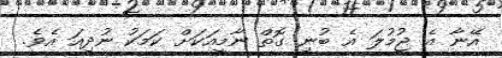
އޭނާ އެ ޖުމުލަ އެ ބުނި ގޮތް ނާމީއަކަށް ކަމަކު ނުދިއަ އެވެ.